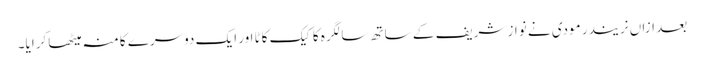
بعد ازاں نریندر مودی نے نواز شریف کے ساتھ سالگرہ کا کیک کاٹا اور ایک دوسرے کا منہ میٹھا کرایا۔